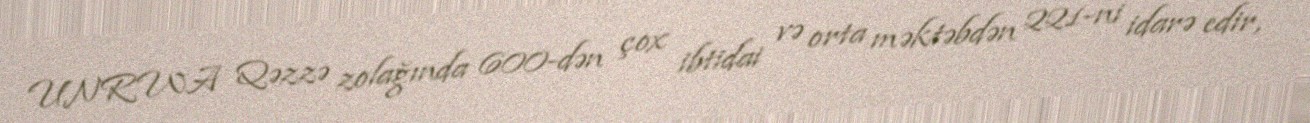
UNRWA Qəzzə zolağında 600-dən çox ibtidai və orta məktəbdən 221-ni idarə edir,